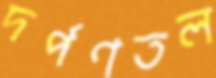
দর্পণতল